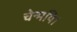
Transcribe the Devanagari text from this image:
चेन्मयि।